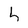
Character: h